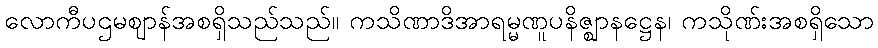
လောကီပဌမဈာန်အစရှိသည်သည်။ ကသိဏာဒိအာရမ္မဏူပနိဇ္ဈာနဋ္ဌေန၊ ကသိုဏ်းအစရှိသော